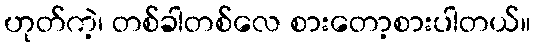
ဟုတ်ကဲ့၊ တစ်ခါတစ်လေ စားတော့စားပါတယ်။